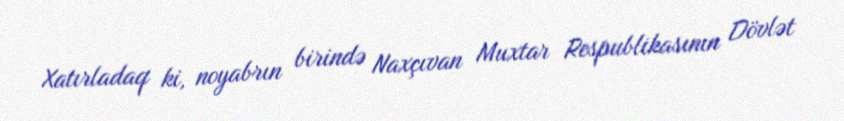
Xatırladaq ki, noyabrın birində Naxçıvan Muxtar Respublikasının Dövlət